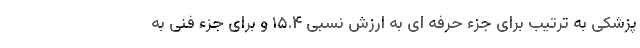
پزشکی به ترتیب برای جزء حرفه ای به ارزش نسبی ۱۵.۴ و برای جزء فنی به